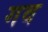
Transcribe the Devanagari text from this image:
गव